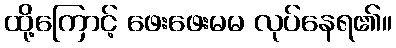
ထို့ကြောင့် ဖေးဖေးမမ လုပ်နေရ၏။